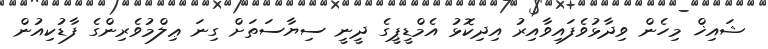
ޝައިޚް މިހެން ވިދާޅުވެފައިވާއިރު އިދިކޮޅު އެމްޑީޕީގެ ދީނީ ސިޔާސަތަށް ގިނަ ޢިލްމުވެރިންގެ ފާޑުކިއުން